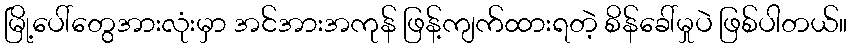
မြို့ပေါ်တွေအားလုံးမှာ အင်အားအကုန် ဖြန့်ကျက်ထားရတဲ့ စိန်ခေါ်မှုပဲ ဖြစ်ပါတယ်။